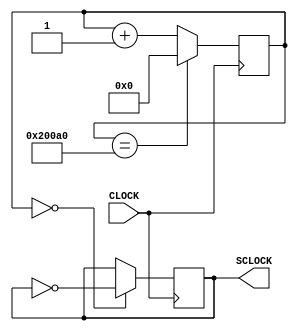
`timescale 1ns / 1ps
//////////////////////////////////////////////////////////////////////////////////
// Company: 
// Engineer: 
// 
// Design Name: 
// Module Name: clk381hz
// Project Name: 
// Target Devices: 
// Tool Versions: 
// Description: 
// 
// Dependencies: 
// 
// Revision:
// Revision 0.01 - File Created
// Additional Comments:
// 
//////////////////////////////////////////////////////////////////////////////////


module clk381hz(input CLOCK, output reg SCLOCK = 0

    );
    reg [17:0] count = 18'b0;
    
    always @ (posedge CLOCK) begin
        count <= (count == 18'b100000000010100000) ? 0 : count + 1;
        SCLOCK <= (count == 18'b0) ? ~SCLOCK : SCLOCK;
     end
endmodule